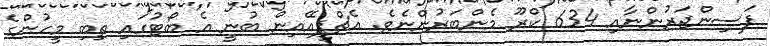
ފަސިންޖަރުންނާއި 634 ކްރޫ މެންބަރުންނެވެ. އެޗްޕީއޭއިން ބުނީ އެ ބޯޓުގައި ތިބި މީހުންގެ